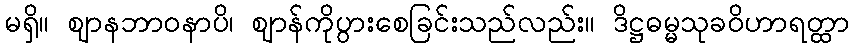
မရှိ။ ဈာနဘာဝနာပိ၊ ဈာန်ကိုပွားစေခြင်းသည်လည်း။ ဒိဋ္ဌဓမ္မသုခဝိဟာရတ္ထာ